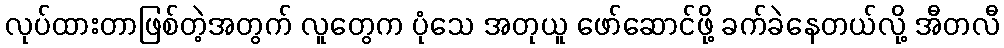
လုပ်ထားတာဖြစ်တဲ့အတွက် လူတွေက ပုံသေ အတုယူ ဖော်ဆောင်ဖို့ ခက်ခဲနေတယ်လို့ အီတလီ